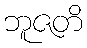
ဘူဇတိ